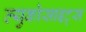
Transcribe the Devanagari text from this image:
ल्युकोसाइट्स